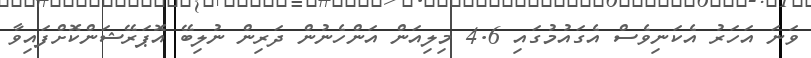
ވަނަ އަހަރު އެކަނިވެސް އެގައުމުގައި 4.6 މިލިއަން އަންހެނުން ދަރިން ނުލިބޭ އޮޕަރޭޝަންކޮށްފައިވާ